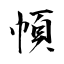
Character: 幁